Vaccination report Assam 1896-1927 - 1896-1927
Year: 1896
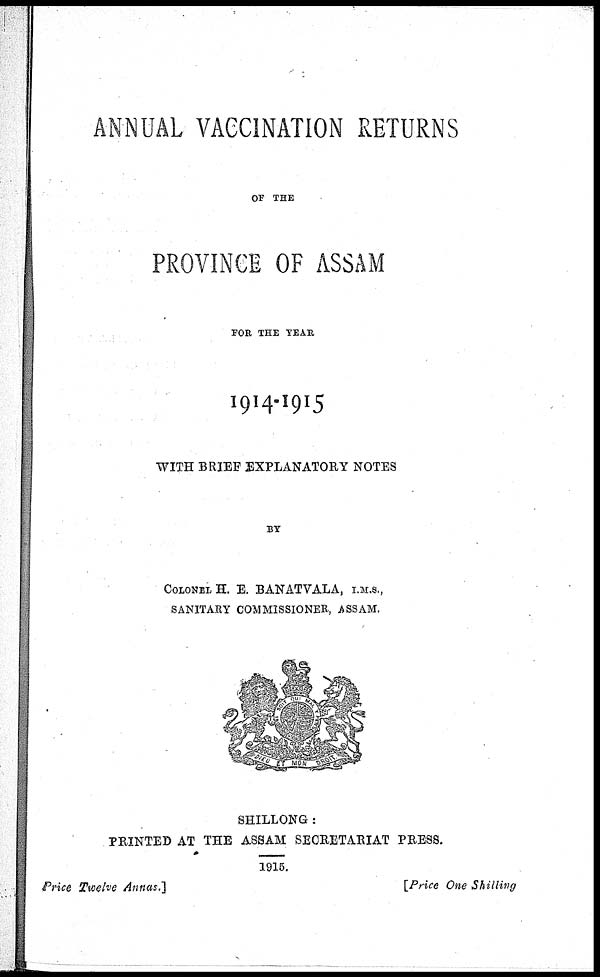
ANNUAL VACCINATION RETURNS
OF THE
PROVINCE OF ASSAM
FOR THE YEAR
1914-1915
WITH BRIEF EXPLANATORY NOTES
BY
COLONEL H. E. BANATVALA, I.M.S.,
SANITARY COMMISSIONER, ASSAM.
SHILLONG :
PRINTED AT THE ASSAM SECRETARIAT PRESS.
1915.
Price Twelve Annas.]
[Price One Shilling